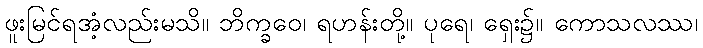
ဖူးမြင်ရအံ့လည်းမသိ။ ဘိက္ခဝေ၊ ရဟန်းတို့။ ပုရေ၊ ရှေး၌။ ကောသလဿ၊